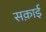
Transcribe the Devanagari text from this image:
सक़ाई